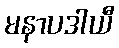
မနာပဒါယီ